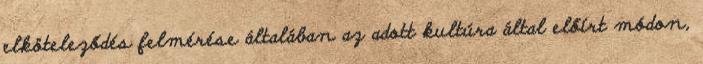
elköteleződés felmérése általában az adott kultúra által előírt módon,